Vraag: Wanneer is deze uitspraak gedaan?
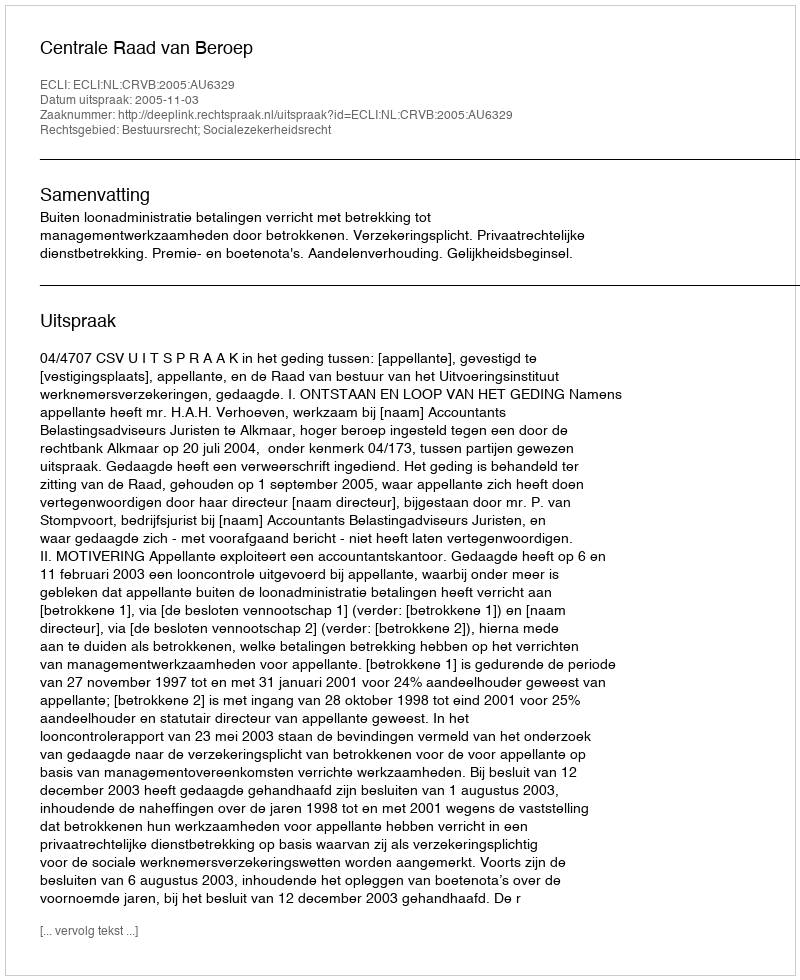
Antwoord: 2005-11-03